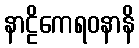
နာဠိကေရဝနာနိ